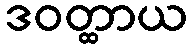
ဒဝတ္ထာယ